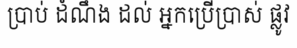
ប្រាប់ ដំណឹង ដល់ អ្នកប្រើប្រាស់ ផ្លូវ